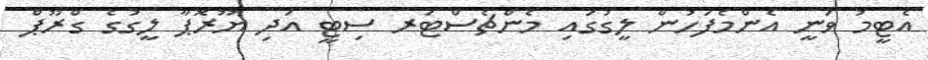
އެޓީމު ވަނީ އެންމެފަހުން ލީގުގައި މެންޗެސްޓަރ ސިޓީ އަދި ޔޫރޮޕާ ލީގުގެ ގްރޫޕް